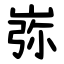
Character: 㟜